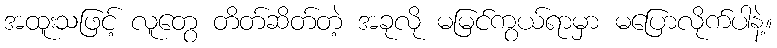
အထူးသဖြင့် လူတွေ တိတ်ဆိတ်တဲ့ အခုလို မမြင်ကွယ်ရာမှာ မပြောလိုက်ပါနဲ့။